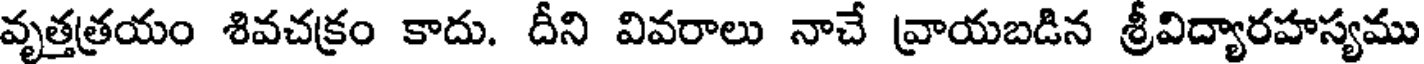
వృత్తత్రయం శివచక్రం కాదు. దీని వివరాలు నాచే వ్రాయబడిన శ్రీవిద్యారహస్యము